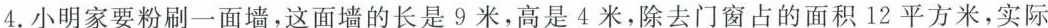
4.小明要粉刷一面墙，这面墙的长是9米，高是4米，除去门窗占的面积12平方米，实际